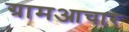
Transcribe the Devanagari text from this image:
ग्रामआचार